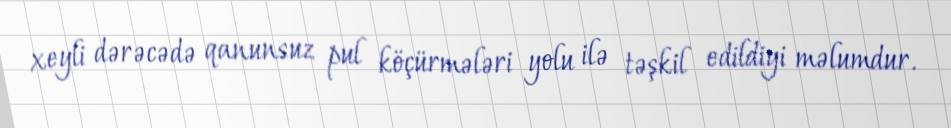
xeyli dərəcədə qanunsuz pul köçürmələri yolu ilə təşkil edildiyi məlumdur.